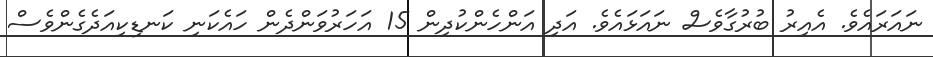
ނައަރައެވެ. އެއިރު ބުރުގާވެސް ނައަޅައެވެ. އަދި އަންހެންކުދިން 15 އަހަރުވަންދެން ހައެކަނި ކަނޑިކިއަދެގެންވެސް